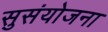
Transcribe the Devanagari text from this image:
सुसंयोजना